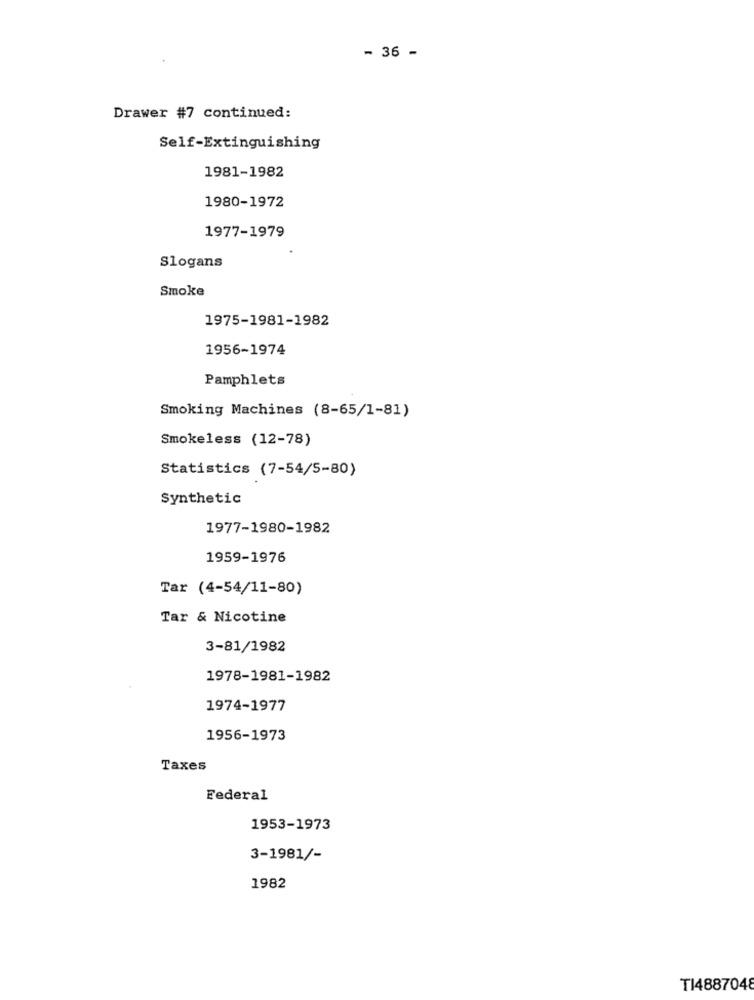
- 36 -
Drawer #7 continued:
Self-Extinguishing
1981-1982
1980-1972
1977-1979
Slogans
Smoke
1975-1981-1982
1956-1974
Pamphlets
Smoking Machines (8-65/1-81)
Smokeless (12-78)
Statistics (7-54/5-80)
Synthetic
1977-1980-1982
1959-1976
Tar (4-54/11-80)
Tar & Nicotine
3-81/1982
1978-1981-1982
1974-1977
1956-1973
Taxes
Federal
1953-1973
3-1981/-
1982
TI4887048